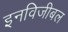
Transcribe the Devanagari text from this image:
इनविजीबल